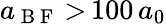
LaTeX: a_{\mathrm{~B~F~}}\, {>}\, 100\, a_{0}